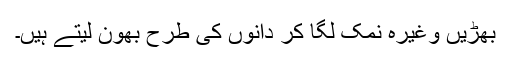
بھڑيں وغيرہ نمک لگا کر دانوں کی طرح بھون ليتے ہيں۔